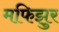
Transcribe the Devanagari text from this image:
मफिझुर